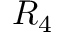
R _ { 4 }